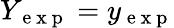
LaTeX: Y_{\mathrm{~e~x~p~}}=y_{\mathrm{~e~x~p~}}